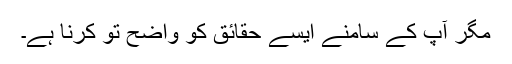
مگر آپ کے سامنے ایسے حقائق کو واضح تو کرنا ہے۔